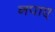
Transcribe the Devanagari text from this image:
नपाए